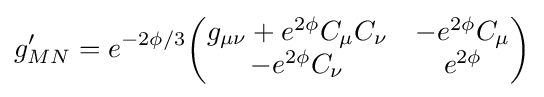
g'_{MN}=e^{-2\phi /3}{\begin{pmatrix}g_{\mu \nu }+e^{2\phi }C_{\mu }C_{\nu }&-e^{2\phi }C_{\mu }\\-e^{2\phi }C_{\nu }&e^{2\phi }\end{pmatrix}}